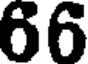
66